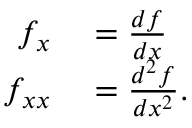
\begin{array} { r l } { f _ { x } } & { { } = { \frac { d f } { d x } } } \\ { f _ { x x } } & { { } = { \frac { d ^ { 2 } f } { d x ^ { 2 } } } . } \end{array}